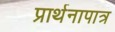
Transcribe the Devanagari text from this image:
प्रार्थनापात्र